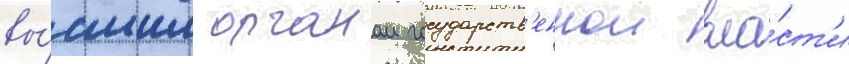
вы́сшим органом государств'еннои вла́ст'и